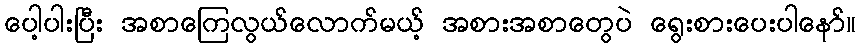
ပေါ့ပါးပြီး အစာကြေလွယ်လောက်မယ့် အစားအစာတွေပဲ ရွေးစားပေးပါနော်။